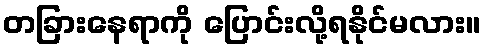
တခြားနေရာကို ပြောင်းလို့ရနိုင်မလား။